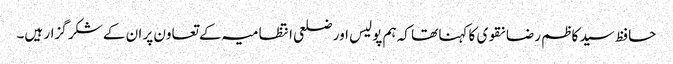
حافظ سید کاظم رضا نقوی کا کہنا تھا کہ ہم پولیس اور ضلعی انتظامیہ کے تعاون پر ان کے شکر گزار ہیں۔